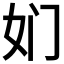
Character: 𱙅